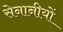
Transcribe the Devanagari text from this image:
सेनानीयों